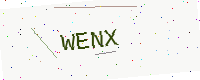
Text: WENX